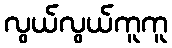
လွယ်လွယ်ကူကူ